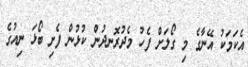
އެކަމަކު އޭނާގެ މި ގޯލަށް ފެހު މެދުރޮނދުން ކުޅުން ފެށި ބޯޅަ ނިއުގެ